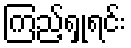
ကြည့်ရှုရင်း